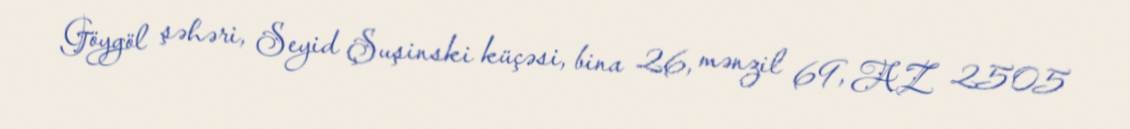
Göygöl şəhəri, Seyid Şuşinski küçəsi, bina 26, mənzil 69, AZ 2505